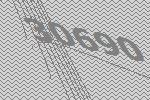
30690